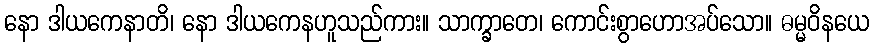
နော ဒါယကေနာတိ၊ နော ဒါယကေနဟူသည်ကား။ သာက္ခာတေ၊ ကောင်းစွာဟောအပ်သော။ ဓမ္မဝိနယေ